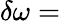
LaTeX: \delta\omega=